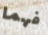
فهما